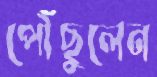
পৌঁছুলেন